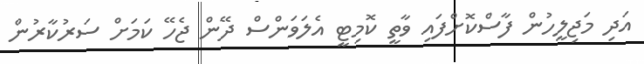
އަދި މަޖިލީހުން ފާސްކޮށްފައި ވާތީ ކޮމިޓީ އެލަވަންސް ދޭން ޖެހޭ ކަމަށް ސަރުކާރުން